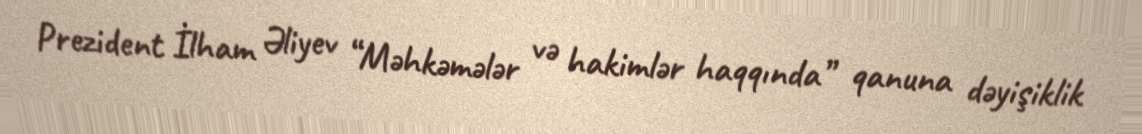
Prezident İlham Əliyev “Məhkəmələr və hakimlər haqqında” qanuna dəyişiklik